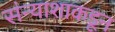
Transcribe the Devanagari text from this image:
संन्याशाकडून